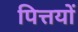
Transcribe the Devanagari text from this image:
पित्तयों